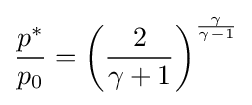
{\frac {p^{*}}{p_{0}}}=\left({\frac {2}{\gamma +1}}\right)^{\frac {\gamma }{\gamma -1}}